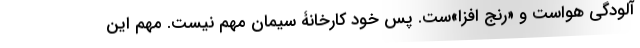
آلودگی هواست و «رنج افزا»ست. پس خود کارخانۀ سیمان مهم نیست. مهم این